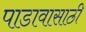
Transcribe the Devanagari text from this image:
पाडावासाठी